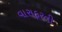
વારાફરતી